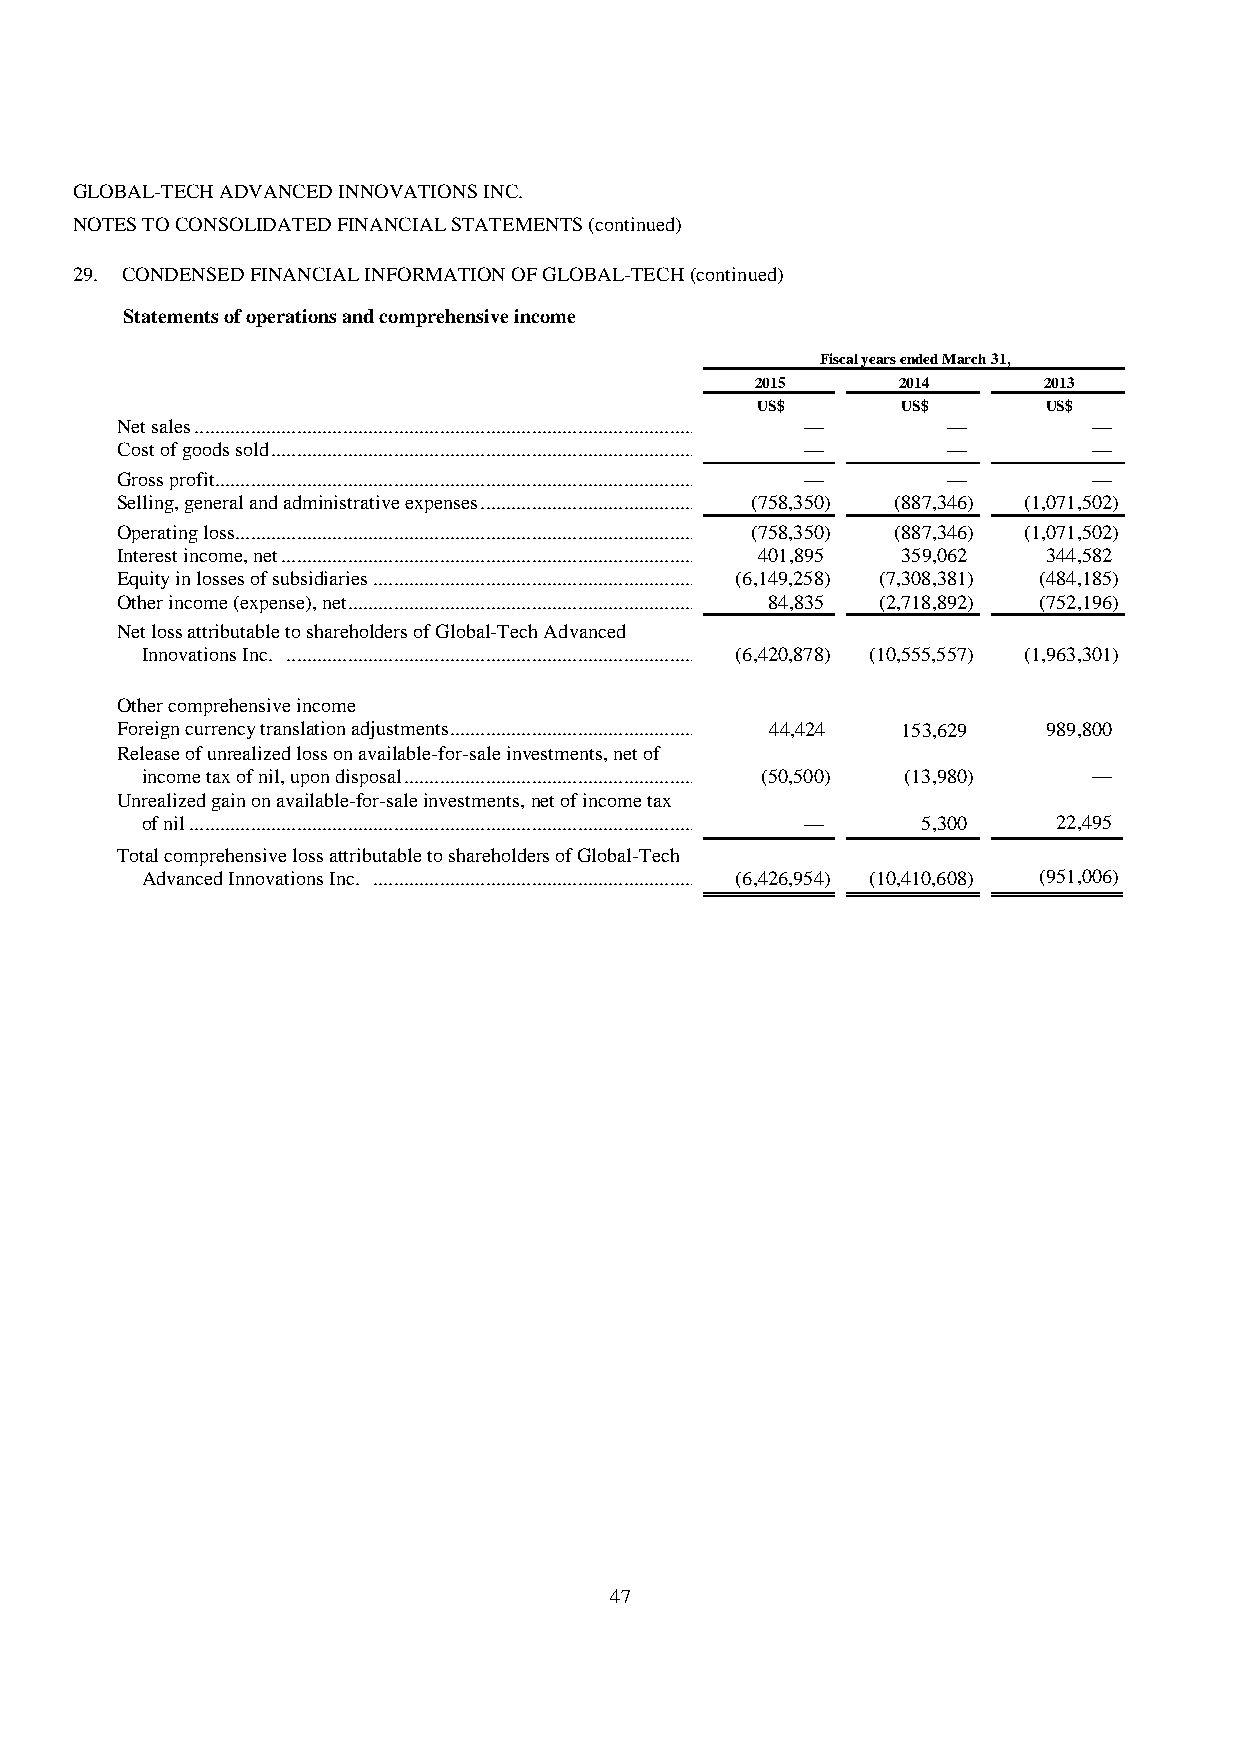
GLOBAL-TECH ADVANCED INNOVATIONS INC.
 NOTES TO CONSOLIDATED FINANCIAL STATEMENTS (continued)
 29. CONDENSED FINANCIAL INFORMATION OF GLOBAL-TECH (continued)
 Statements of operations and comprehensive income
 Fis cal years ended March 31,
 2015      20 1 4   2013
 US $      US $     US $
 Ne t sales .................................................................................................... — — —
 Cost of goods sold ..................................................................................... — — —
 Gr oss profit ................................................................................................ — — —
 Selling, general and administrative expenses ............................................ (758,350) (887,346) (1,071,502)
 Op erating loss ............................................................................................ (75 8,350) (88 7,346) (1,07 1,502)
 Interest income, net ................................................................................... 401,895 359,062 344,582
 Equity in losses of subsidiaries ................................................................ (6,149,258) (7,308,381) (484,185)
 Other income (expense), net ...................................................................... 84,835 (2,718,892) (752,196)
 Ne t loss attributable to shareholders of Global-Tech Advanced
 Innovations Inc. .................................................................................. (6,420,878) (10,555,557) (1,963,301)
 Ot her comprehensive income
 Foreign currency translation adjustments ....................................................... 44,424 153,629 989,800
 Release of unrealized loss on available-for-sale investments, net of
 income tax of nil, upon disposal ............................................................ .... (50,500) (13,980) —
 Unrealized gain on available-for-sale investments, net of income tax
 of nil ...................................................................................................... .... — 5,300 22,495
 To tal comprehensive loss attributable to shareholders of Global-Tech
 Advanced Innovations Inc. ................................................................ (6,426,954) (10,410,608) (951,006)
 47